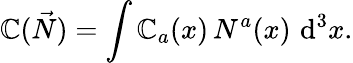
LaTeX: \mathbb{C}({\vec{{N}}})=\int\mathbb{C}_{a}(x)\, N^{a}(x)\, \operatorname{d}^{3}\! x.